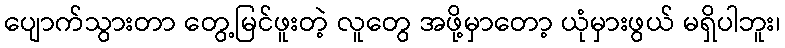
ပျောက်သွားတာ တွေ့မြင်ဖူးတဲ့ လူတွေ အဖို့မှာတော့ ယုံမှားဖွယ် မရှိပါဘူး၊